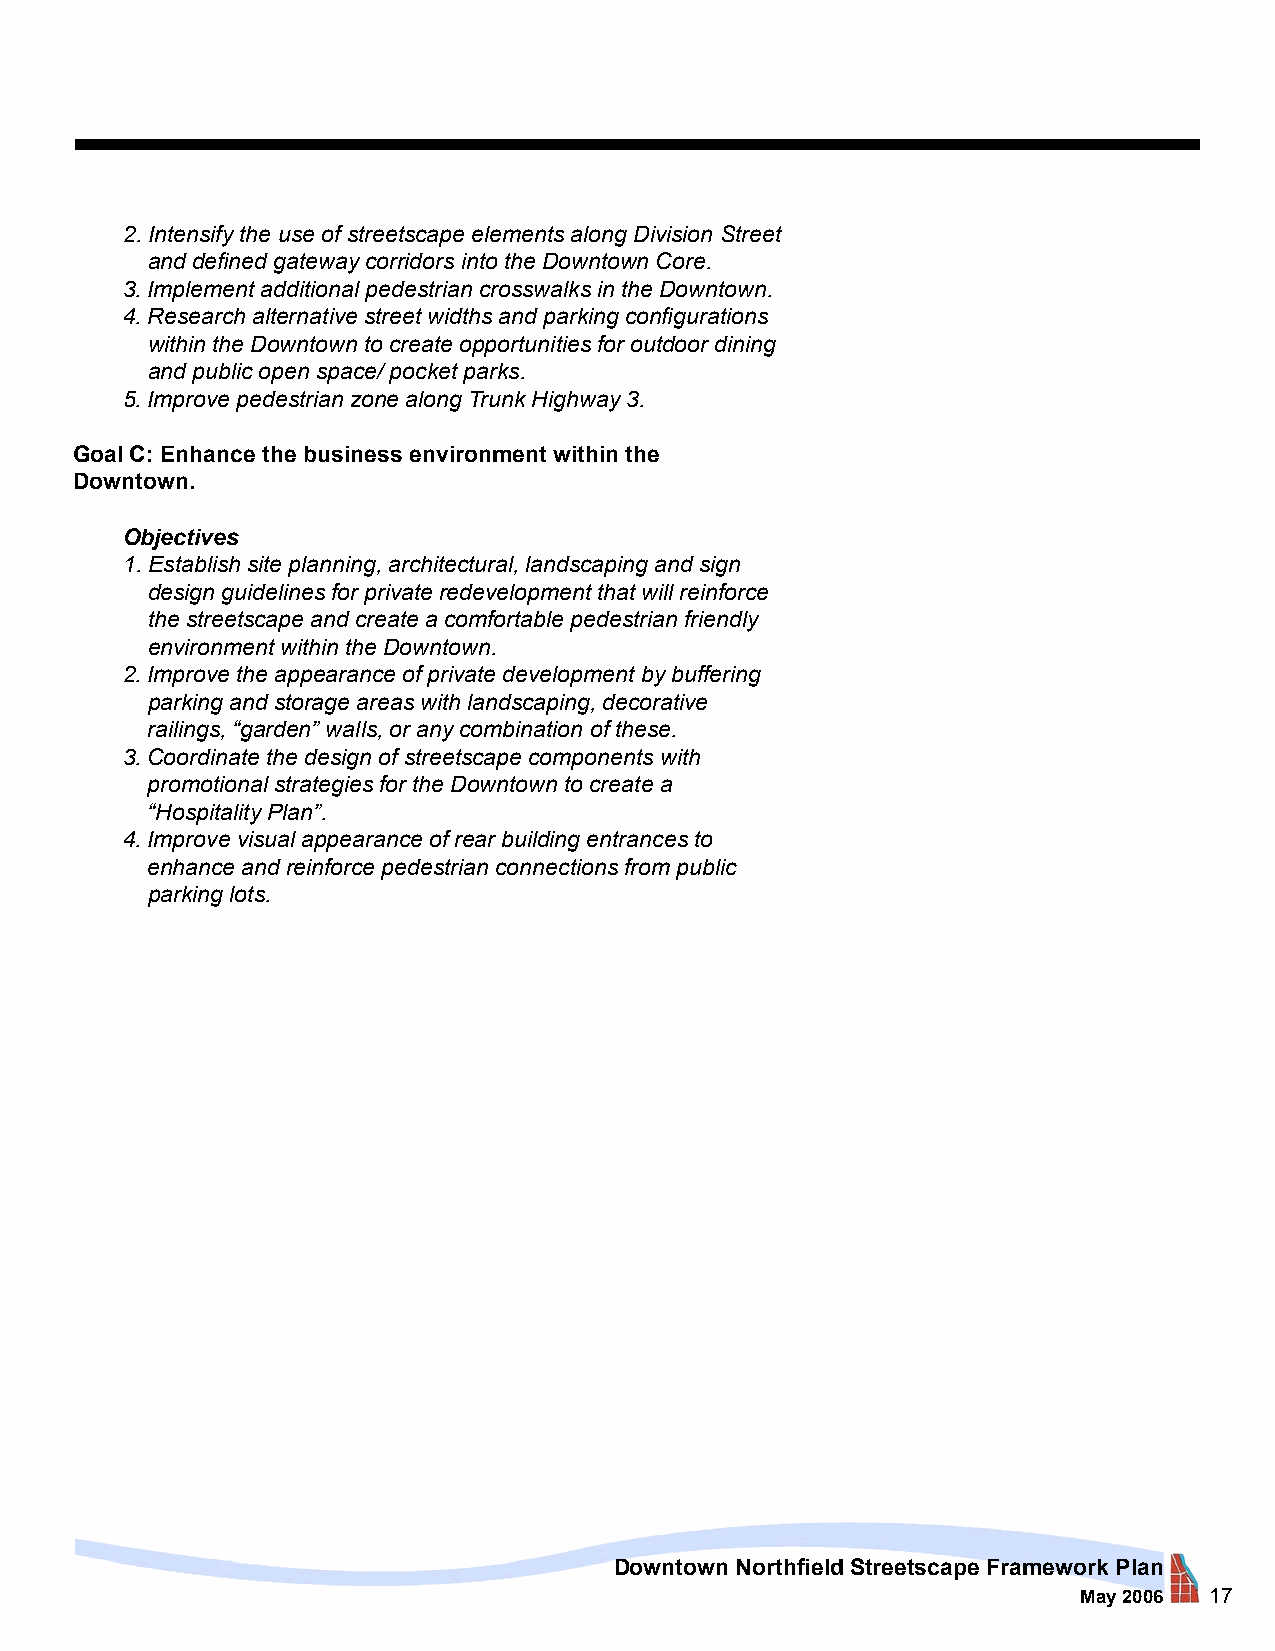
2. Intensify the use of streetscape elements along Division Street
 and defined gateway corridors into the Downtown Core.
 3. Implement additional pedestrian crosswalks in the Downtown.
 4. Research alternative street widths and parking configurations
 within the Downtown to create opportunities for outdoor dining
 and public open space/ pocket parks.
 5. Improve pedestrian zone along Trunk Highway 3.
 Goal C: Enhance the business environment within the
 Downtown.
 Objectives
 1. Establish site planning, architectural, landscaping and sign
 design guidelines for private redevelopment that will reinforce
 the streetscape and create a comfortable pedestrian friendly
 environment within the Downtown.
 2. Improve the appearance of private development by buffering
 parking and storage areas with landscaping, decorative
 railings, “garden” walls, or any combination of these.
 3. Coordinate the design of streetscape components with
 promotional strategies for the Downtown to create a
 “Hospitality Plan”.
 4. Improve visual appearance of rear building entrances to
 enhance and reinforce pedestrian connections from public
 parking lots.
 Downtown Northfield Streetscape Framework Plan
 May 2006 17